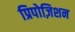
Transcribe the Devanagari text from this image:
प्रिपोज़िशन